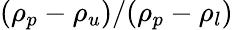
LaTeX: (\rho_{p}-\rho_{u})/(\rho_{p}-\rho_{l})